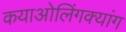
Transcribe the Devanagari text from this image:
कयाओलिंगक्यांग